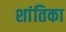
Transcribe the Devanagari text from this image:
शांतिका